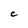
Character: C